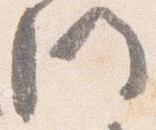
門